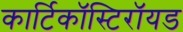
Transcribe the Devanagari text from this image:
कार्टिकॉस्टिरॉयड